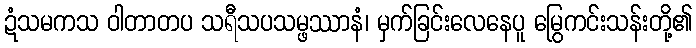
ဍံသမကသ ဝါတာတပ သရီသပသမ္ဖဿာနံ၊ မှက်ခြင်းလေနေပူ မြွေကင်းသန်းတို့၏